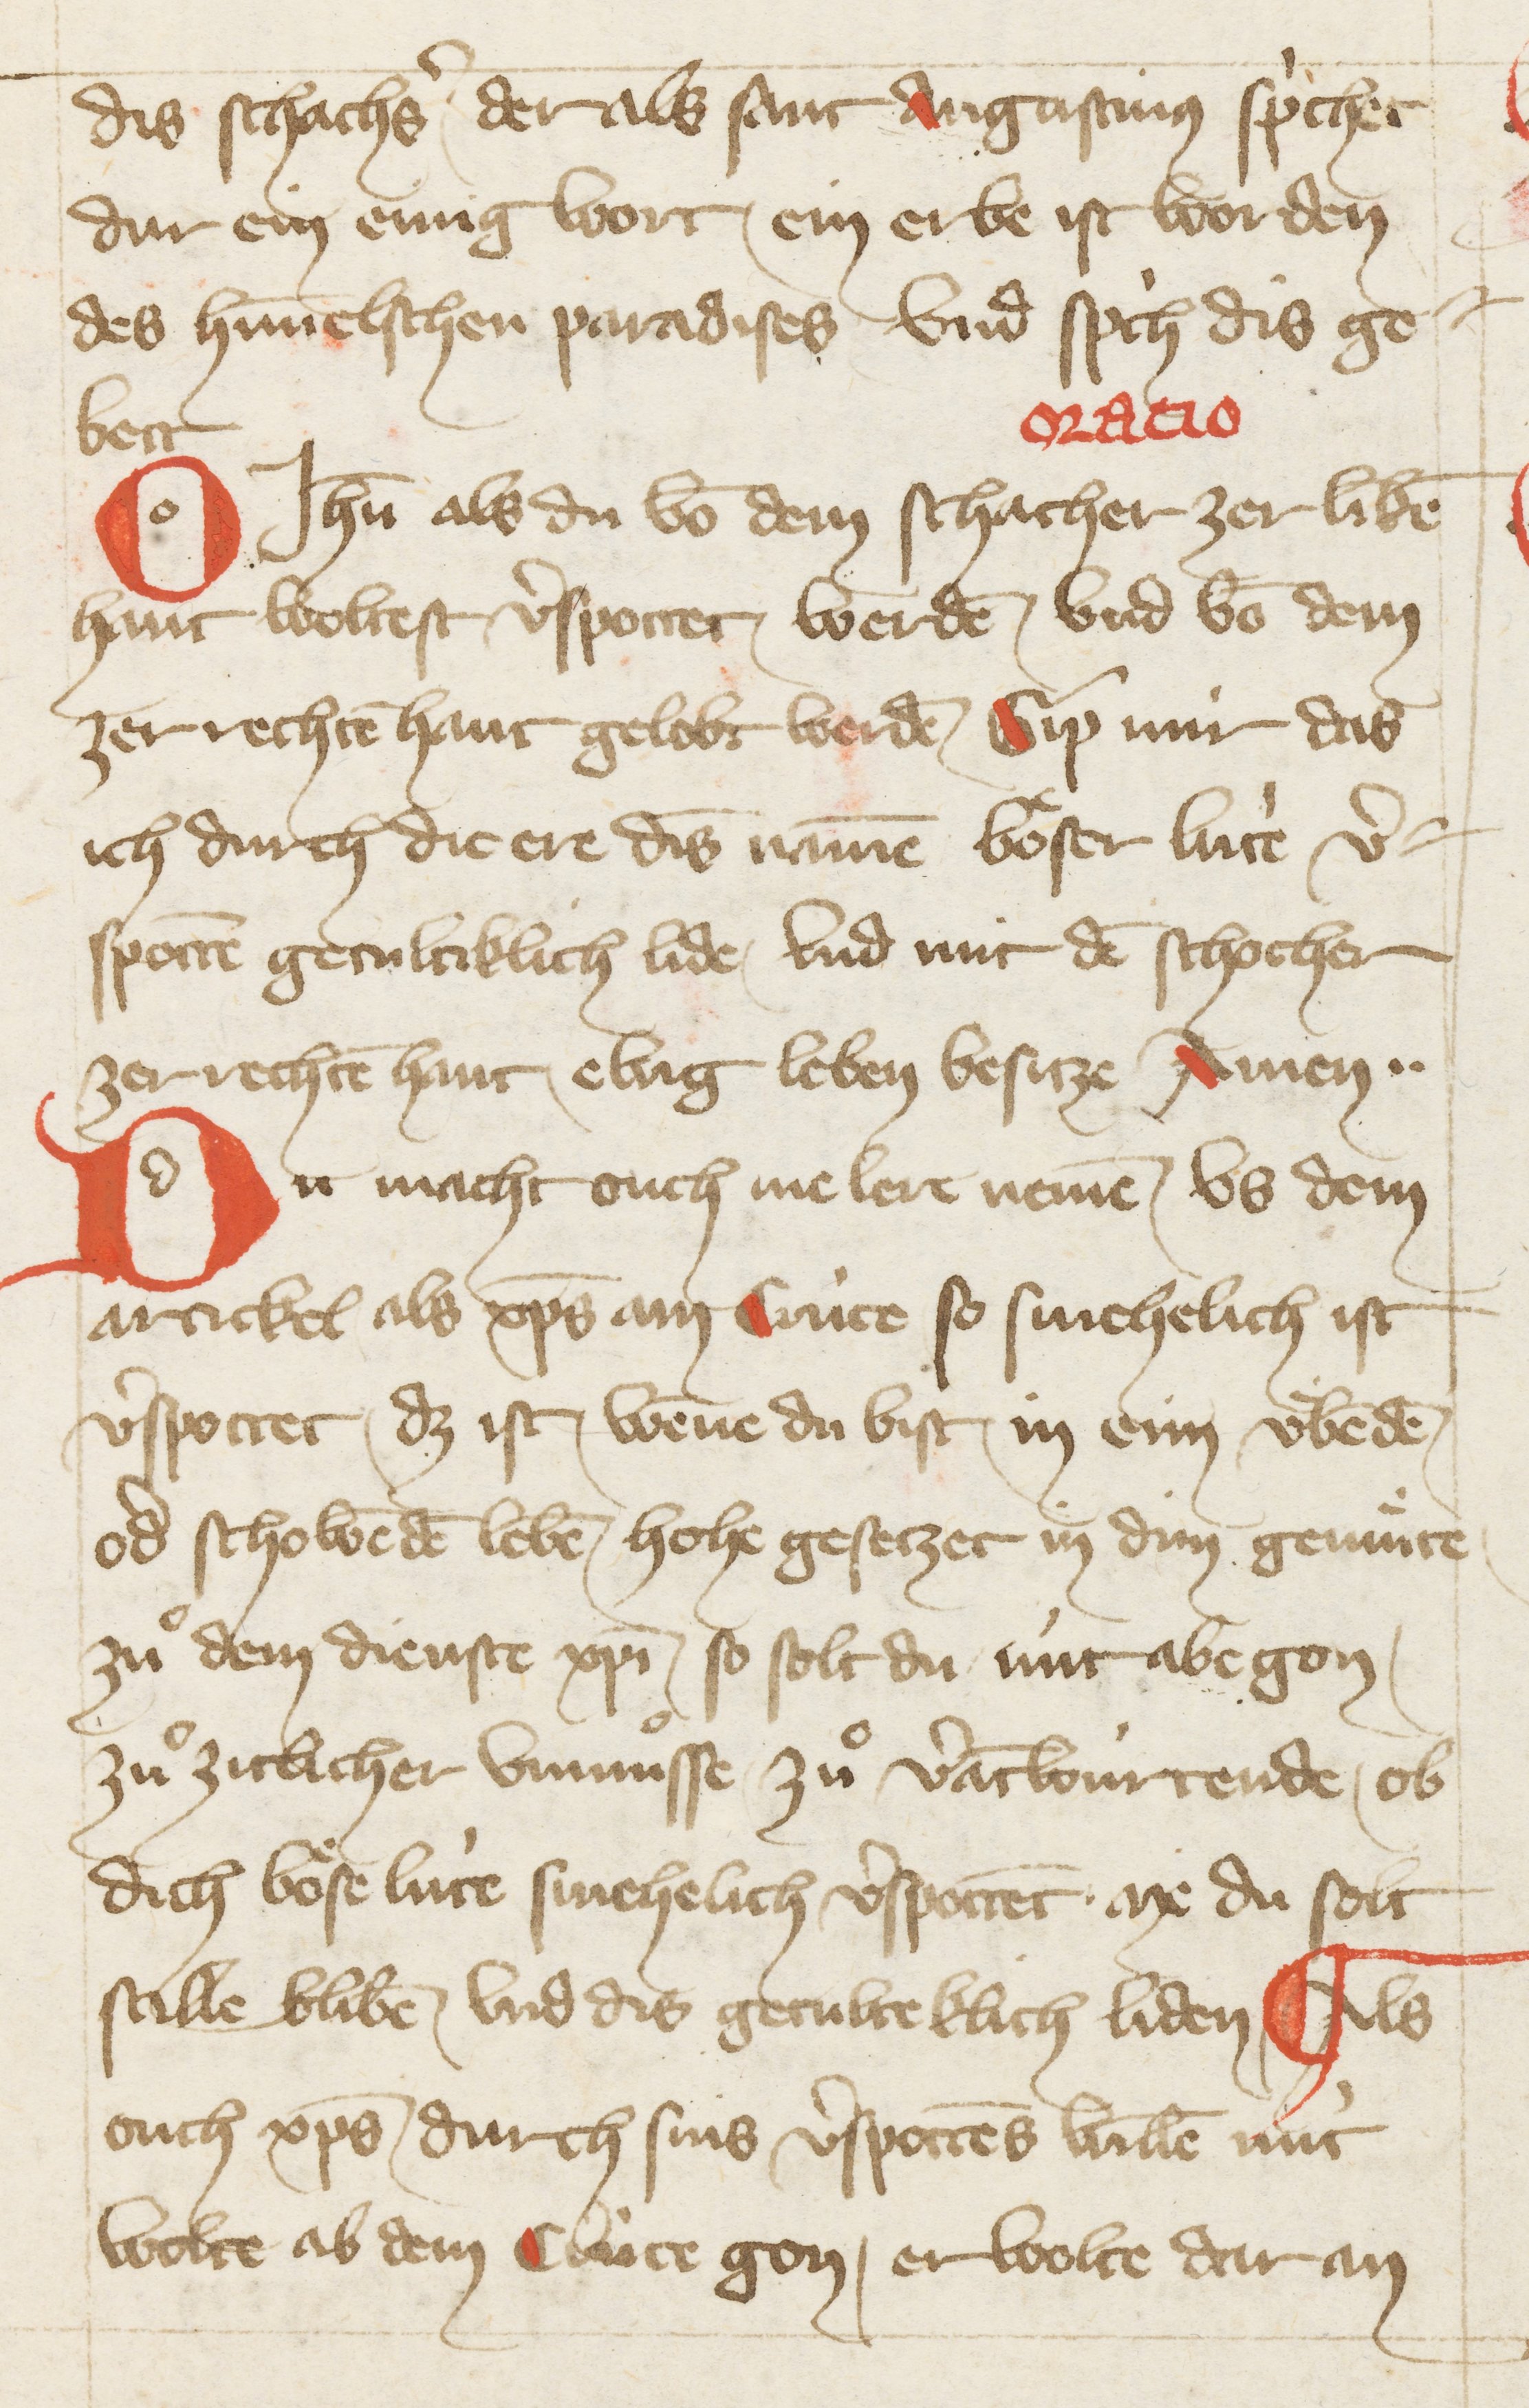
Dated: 1396–1403